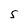
Character: S